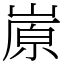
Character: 㟶